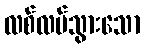
လစ်လပ်သွားသော